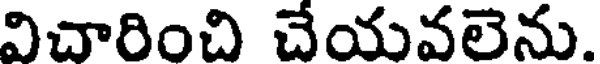
విచారించి చేయవలెను.